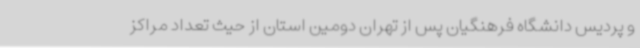
و پردیس دانشگاه فرهنگیان پس از تهران دومین استان از حیث تعداد مراکز